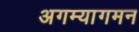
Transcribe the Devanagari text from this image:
अगम्यागमन